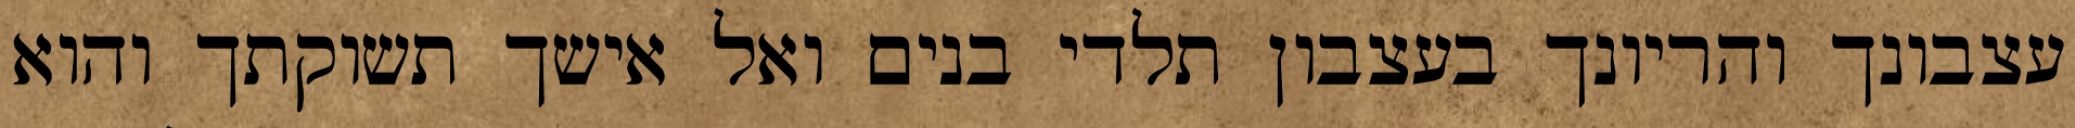
עצבונך והריונך בעצבון תלדי בנים ואל אישך תשוקתך והוא